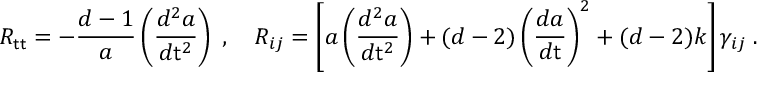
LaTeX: R _ { \sf t t } = - \frac { d - 1 } { a } \left( \frac { d ^ { 2 } a } { d { \sf t } ^ { 2 } } \right) \; , ~ ~ ~ R _ { i j } = \left[ a \left( \frac { d ^ { 2 } a } { d { \sf t } ^ { 2 } } \right) + ( d - 2 ) \left( \frac { d a } { d \sf t } \right) ^ { 2 } + ( d - 2 ) k \right] \gamma _ { i j } \; .